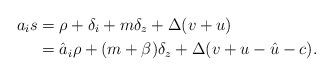
LaTeX: \begin{align*} a_i s &= \rho + \delta_i + m\delta_z + \Delta (v+u) \\ &= \hat{a}_i \rho + (m+\beta)\delta_z + \Delta (v+u-\hat{u}-c). \end{align*}